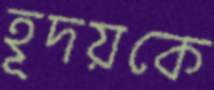
হূদয়কে